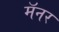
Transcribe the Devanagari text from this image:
मॅनर